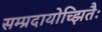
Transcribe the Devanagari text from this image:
सम्प्रदायोच्झितैः